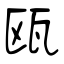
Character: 瓯